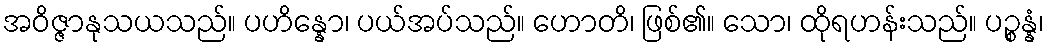
အဝိဇ္ဇာနုသယသည်။ ပဟိန္နော၊ ပယ်အပ်သည်။ ဟောတိ၊ ဖြစ်၏။ သော၊ ထိုရဟန်းသည်။ ပဉ္စန္နံ၊